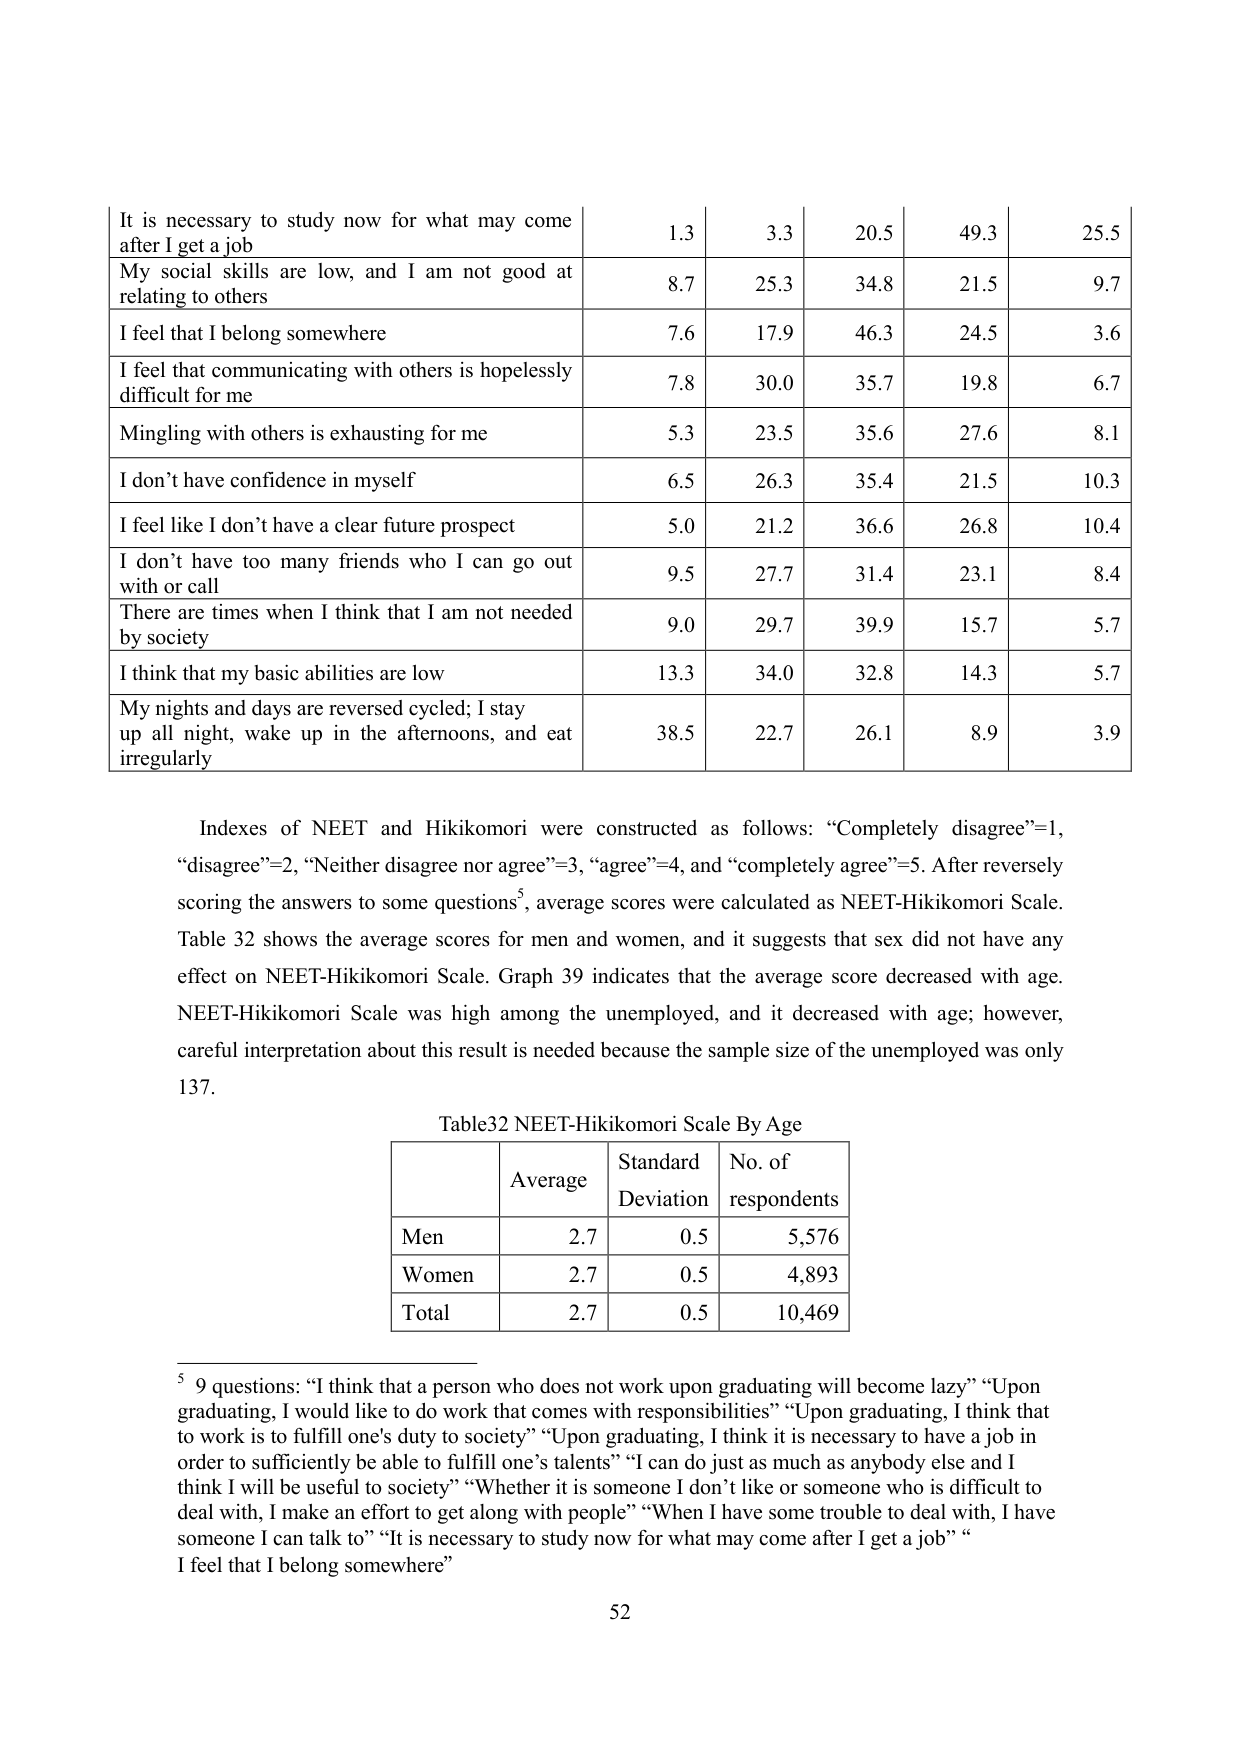
It is necessary to study now for what may come after I get a job
1.3
3.3
20.5
49.3
25.5
My social skills are low, and I am not good at relating to others
8.7
25.3
34.8
21.5
9.7
I feel that I belong somewhere
7.6
17.9
46.3
24.5
3.6
I feel that communicating with others is hopelessly difficult for me
7.8
30.0
35.7
19.8
6.7
Mingling with others is exhausting for me
5.3
23.5
35.6
27.6
8.1
I don’t have confidence in myself
6.5
26.3
35.4
21.5
10.3
I feel like I don’t have a clear future prospect
5.0
21.2
36.6
26.8
10.4
I don’t have too many friends who I can go out with or call
9.5
27.7
31.4
23.1
8.4
There are times when I think that I am not needed by society
9.0
29.7
39.9
15.7
5.7
I think that my basic abilities are low
13.3
34.0
32.8
14.3
5.7
My nights and days are reversed cycled; I stay up all night, wake up in the afternoons, and eat irregularly
38.5
22.7
26.1
8.9
3.9

Indexes of NEET and Hikikomori were constructed as follows: “Completely disagree”=1, “disagree”=2, “Neither disagree nor agree”=3, “agree”=4, and “completely agree”=5. After reversely scoring the answers to some questions⁵, average scores were calculated as NEET-Hikikomori Scale. Table 32 shows the average scores for men and women, and it suggests that sex did not have any effect on NEET-Hikikomori Scale. Graph 39 indicates that the average score decreased with age. NEET-Hikikomori Scale was high among the unemployed, and it decreased with age; however, careful interpretation about this result is needed because the sample size of the unemployed was only 137.

Table32 NEET-Hikikomori Scale By Age
Average	Standard Deviation	No. of respondents
Men	2.7	0.5	5,576
Women	2.7	0.5	4,893
Total	2.7	0.5	10,469

⁵ 9 questions: “I think that a person who does not work upon graduating will become lazy” “Upon graduating, I would like to do work that comes with responsibilities” “Upon graduating, I think that to work is to fulfill one’s duty to society” “Upon graduating, I think it is necessary to have a job in order to sufficiently be able to fulfill one’s talents” “I can do just as much as anybody else and I think I will be useful to society” “Whether it is someone I don’t like or someone who is difficult to deal with, I make an effort to get along with people” “When I have some trouble to deal with, I have someone I can talk to” “It is necessary to study now for what may come after I get a job” “I feel that I belong somewhere”

52